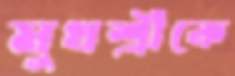
মুখশ্রীকে